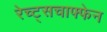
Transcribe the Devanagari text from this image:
रेच्ट्सचाफ्फेन